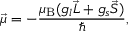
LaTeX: { \vec { \mu } } = - { \frac { \mu _ { \mathrm { { B } } } ( g _ { l } { \vec { L } } + g _ { s } { \vec { S } } ) } { \hbar } } ,